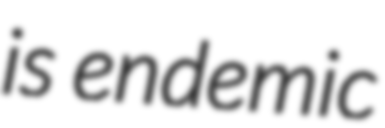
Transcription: is endemic